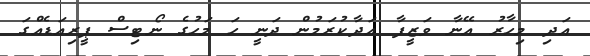
އަދި މިހާރު އޭނާ ވަޒީފާ އަދާކުރަމުން ދަނީ ހަ މަހުގެ ނޯޓިސް ޕީރިއަޑެއްގަ